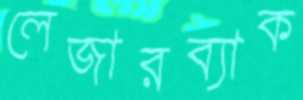
লেজারব্যাক